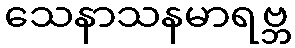
သေနာသနမာရဗ္ဘ